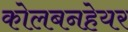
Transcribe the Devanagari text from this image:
कोलबनहेयर